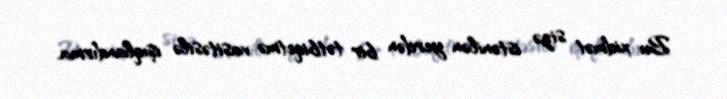
Bu xidmət sizə istənilən yerdən bir tətbiqetmə vasitəsilə işıqlandırma,